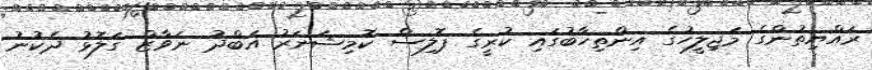
ރައްޔިތުންގެ މަޖިލީހުގެ އިންތިހާބުގައި ކުރީގެ ޕޮލިސް ކޮމިޝަނަރު އަބްދު ނަވާޒް ގަލޮޅު ދެކުނު